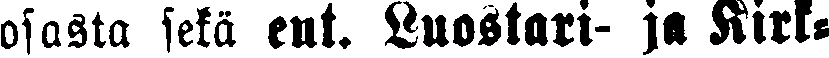
osasta sekä ent. Luostari- ja Kirk-